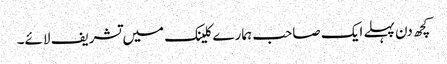
کچھ دن پہلے ایک صاحب ہمارے کلینک میں تشریف لائے۔